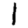
Digit: 1